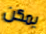
يمكن